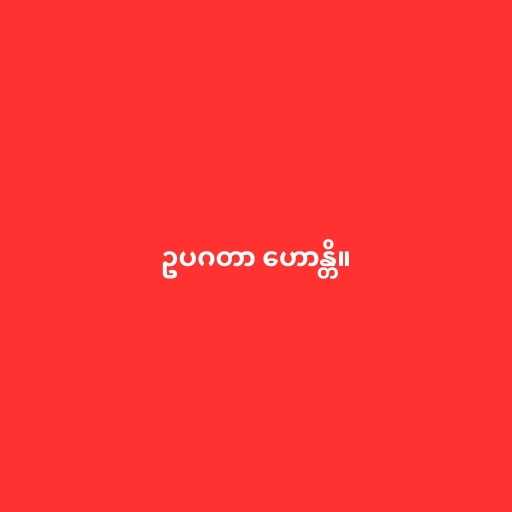
ဥပဂတာ ဟောန္တိ။